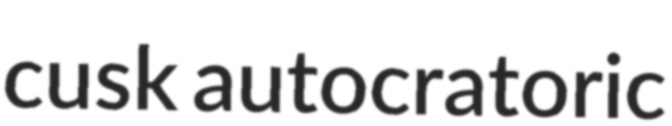
cusk autocratoric